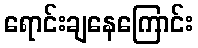
ရောင်းချနေကြောင်း